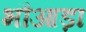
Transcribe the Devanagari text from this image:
भौआड़ा